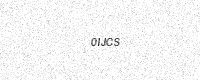
Text: 0IJCS